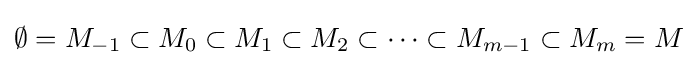
\emptyset =M_{-1}\subset M_{0}\subset M_{1}\subset M_{2}\subset \dots \subset M_{m-1}\subset M_{m}=M